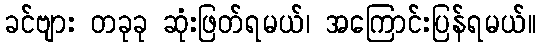
ခင်ဗျား တခုခု ဆုံးဖြတ်ရမယ်၊ အကြောင်းပြန်ရမယ်။